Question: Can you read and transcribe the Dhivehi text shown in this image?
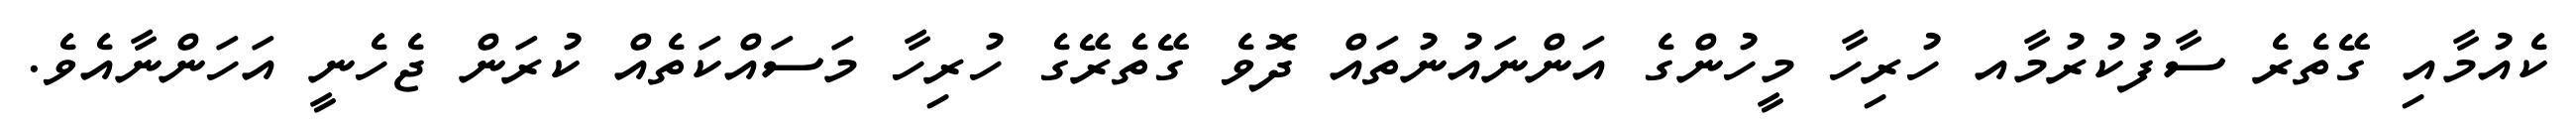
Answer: ކެއުމާއި ގޭތެރެ ސާފުކުރުމާއ ހުރިހާ މީހުންގެ އަންނައުނުތައް ދޮވެ ގޭތެރޭގެ ހުރިހާ މަސައްކަތެއް ކުރަން ޖެހެނީ އަހަންނާއެވެ.